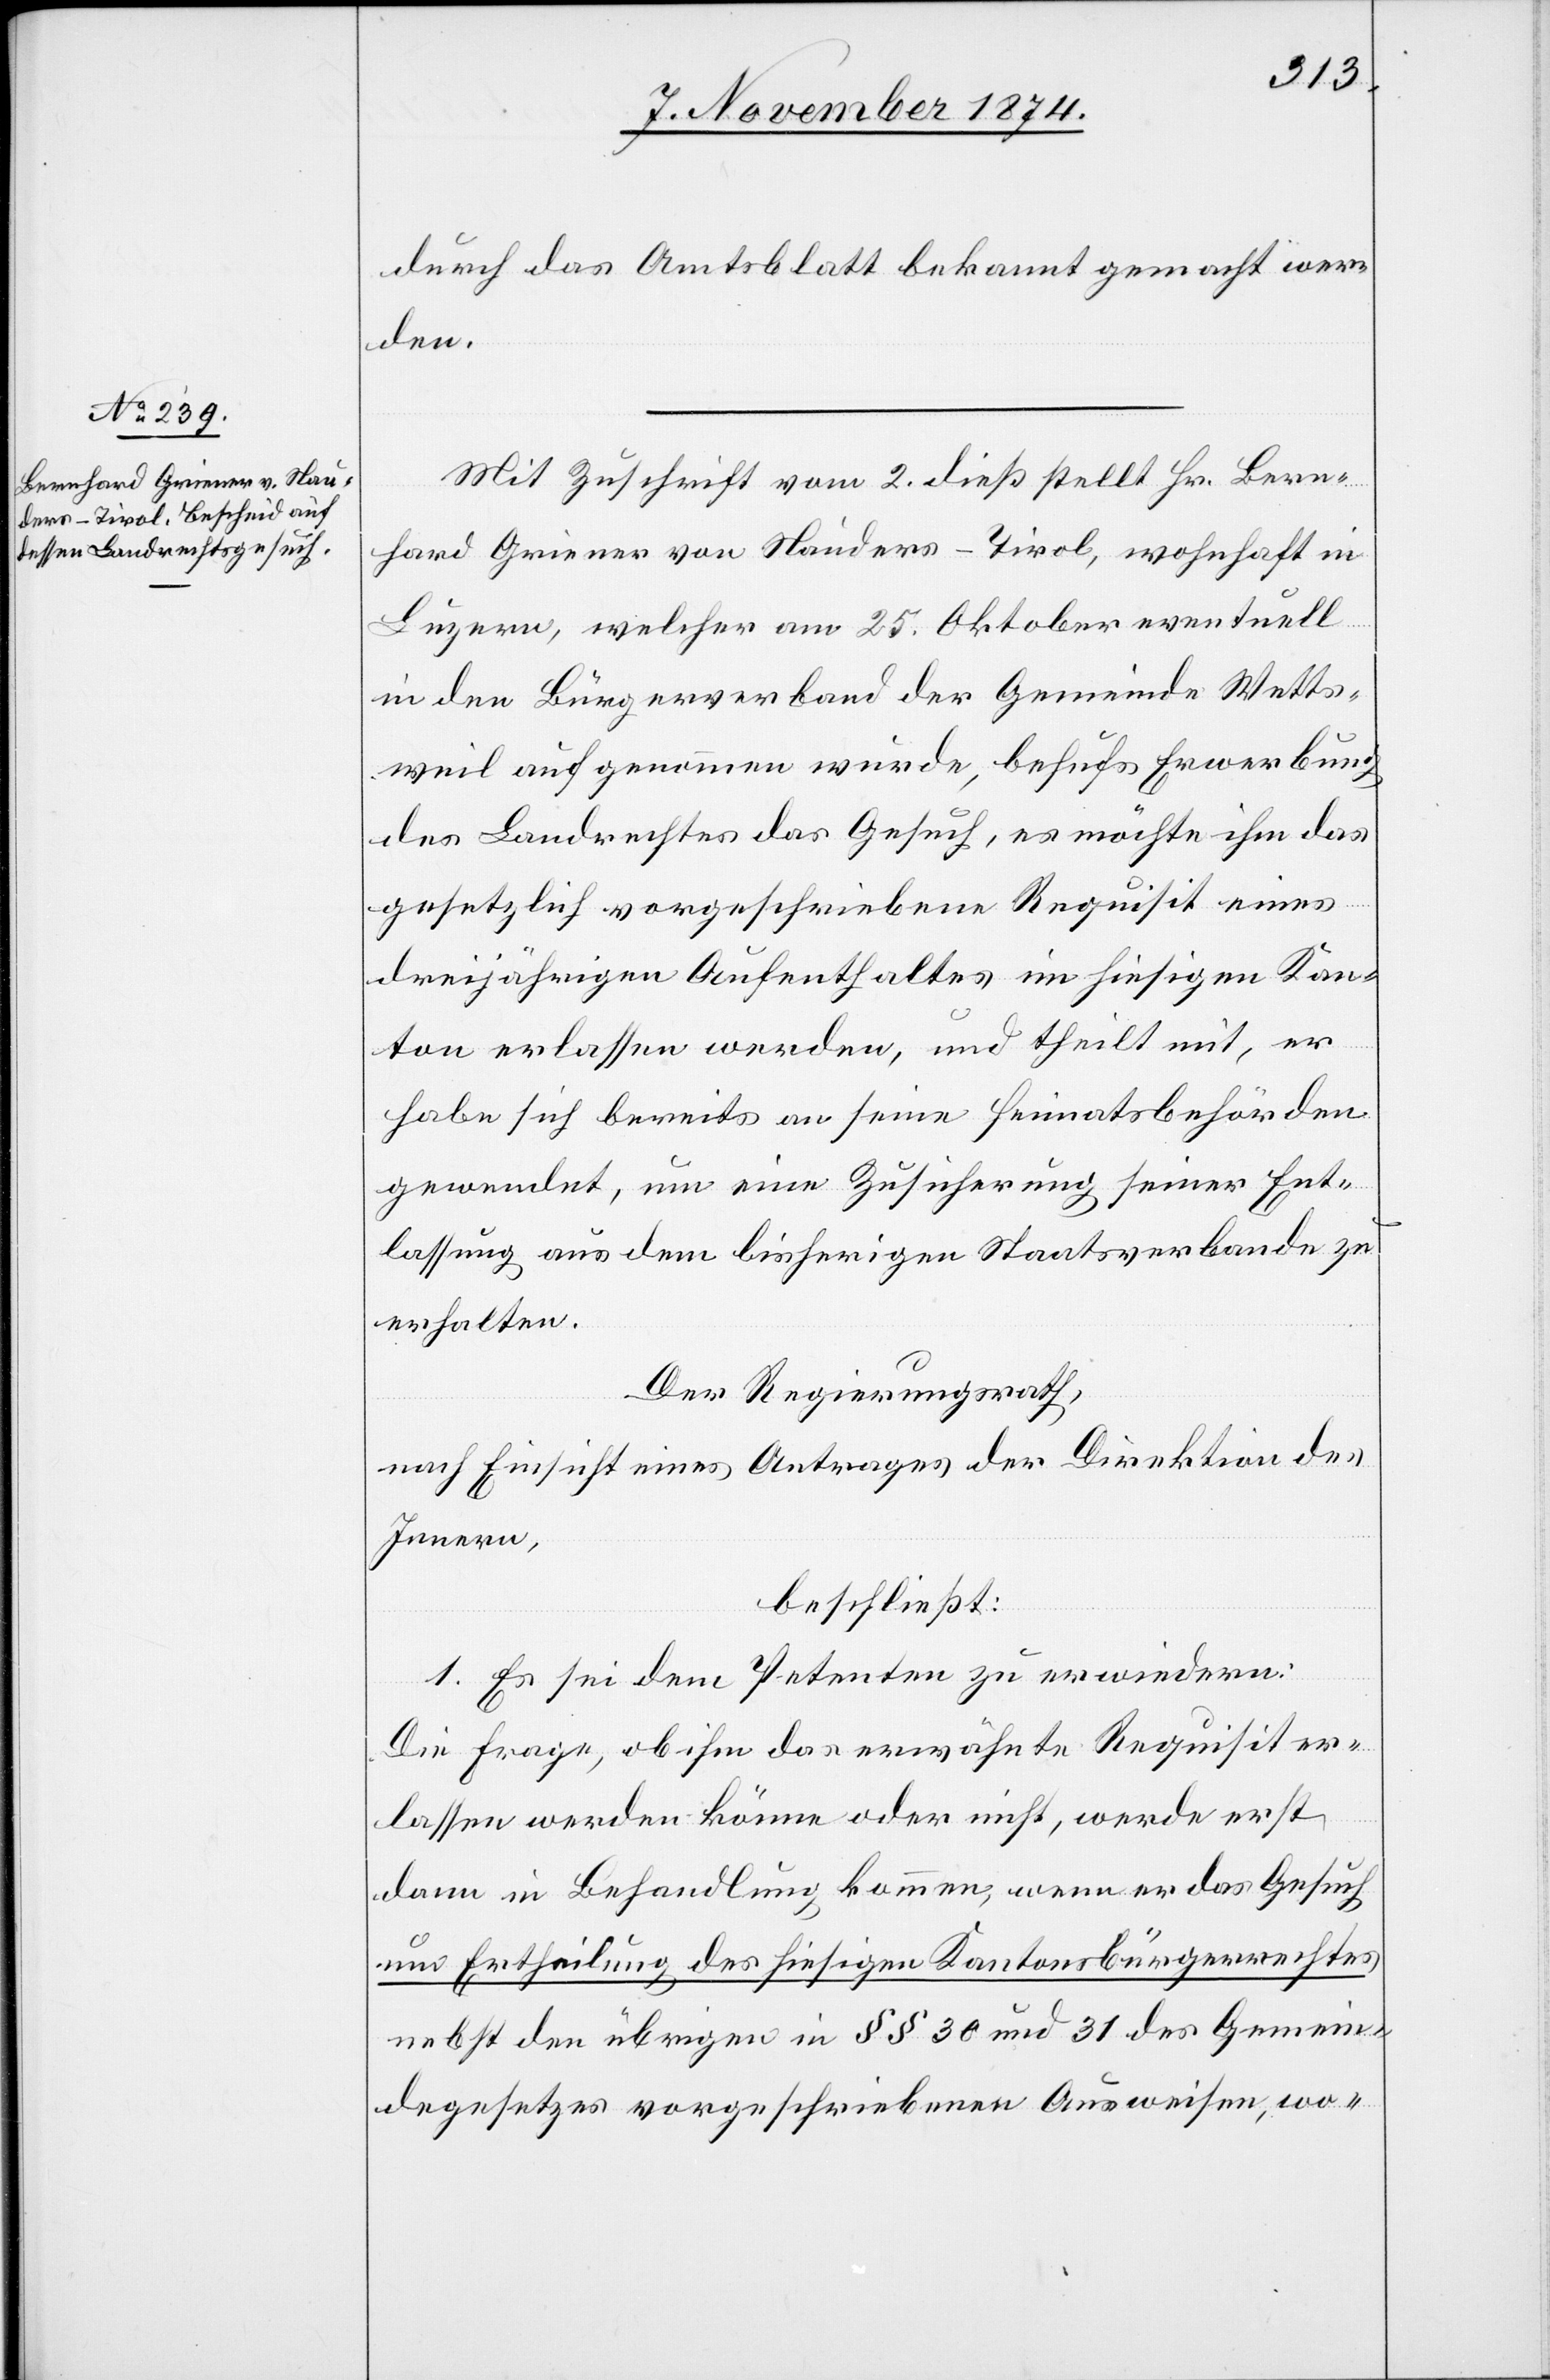
durch das Amtsblatt bekannt gemacht wer¬
den.
Mit Zuschrift vom 2. dieß stellt Hr. Bern¬
hard Griener von Nauders-Tirol, wohnhaft in
Luzern, welcher am 25. Oktober eventuell
in den Bürgerverband der Gemeinde Wetts¬
weil aufgenommen wurde, behufs Erwerbung
des Landrechtes das Gesuch, es möchte ihm das
gesetzlich vorgeschriebene Requisit eines
dreijährigen Aufenthaltes im hiesigen Kan¬
ton erlassen werden, und theilt mit, er
habe sich bereits an seine Heimatbehörden
gewendet, um eine Zusicherung seiner Ent¬
lassung aus dem bisherigen Staatsverbande zu
erhalten.
Der Regierungsrath,
nach Einsicht eines Antrages der Direktion des
Innern,
beschließt:
1. Es sei dem Petenten zu erwiedern:
Die Frage, ob ihm das erwähnte Requisit er¬
lassen werden könne oder nicht, werde erst
dann in Behandlung kommen, wenn er das Gesuch
um Ertheilung des hiesigen Kantonsbürgerrechtes
nebst den übrigen in §§ 30 und 31 des Gemein¬
degesetzes vorgeschriebenen Ausweisen, wo-